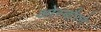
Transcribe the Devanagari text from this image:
ओस्बौरने